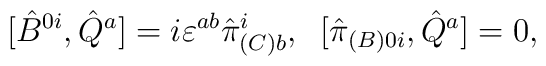
[\hat {B}^{0i},\hat {Q}^a]=i\varepsilon^{ab}\hat{\pi}^i_{(C)b},\;\; [\hat {\pi}_{(B)0i},\hat {Q}^a]=0,